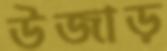
উজাড়